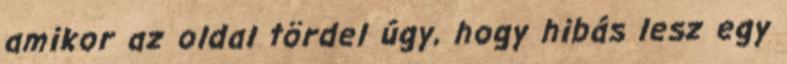
amikor az oldal tördel úgy, hogy hibás lesz egy